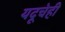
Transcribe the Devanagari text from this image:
यदूचेही